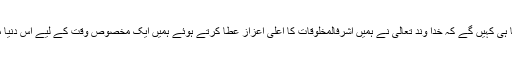
آخر میں ہم اتنا ہی کہیں گے کہ خدا وند تعالیٰ نے ہمیں اشرفالمخلوقات کا اعلیٰ اعزاز عطا کرتے ہوئے ہمیں ایک مخصوص وقت کے لیے اس دنیا میں بھیجا ہے۔